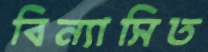
বিন্যাসিত